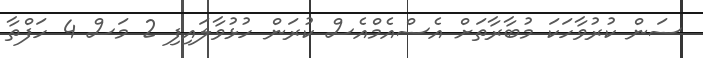
ސަން ކުރުވާހަކަ މުބާރާތަށް އެސްއެމްއެސް ކުރަން ހުޅުވާލައިފި 2 މަސް 4 ހަފްތާ